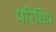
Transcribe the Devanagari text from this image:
परिधिय